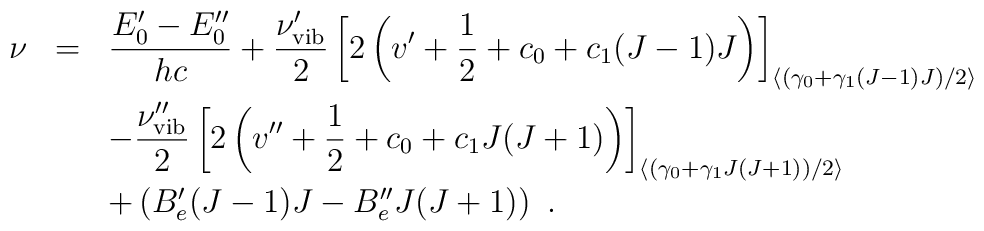
\begin{array}{rcl}\nu&=&\displaystyle\frac{E_0^\prime-E_0^{\prime\prime}}{hc}+\displaystyle      \frac{\nu_{\rm vib}^\prime}{2}\left[2\left(v^{\prime}+{1\over 2}+      c_0+c_1(J-1)J\right)\right]_{\left<\left(\gamma_0+\gamma_1(J-1)J      \right)/2\right>}\\[4mm]   & &-\displaystyle\frac{\nu_{\rm vib}^{\prime\prime}}      {2}\left[2\left(v^{\prime\prime}+{1\over 2}+      c_0+c_1J(J+1)\right)\right]_{\left<\left(\gamma_0+\gamma_1J(J+1)      \right)/2\right>}\\[3mm]   & &+\left(B_e^\prime(J-1)J-B_e^{\prime\prime}J(J+1)\right)~.\end{array}